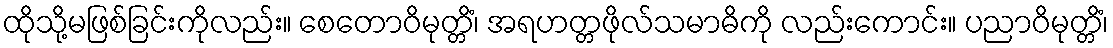
ထိုသို့မဖြစ်ခြင်းကိုလည်း။ စေတောဝိမုတ္တိံ၊ အရဟတ္တဖိုလ်သမာဓိကို လည်းကောင်း။ ပညာဝိမုတ္တိံ၊